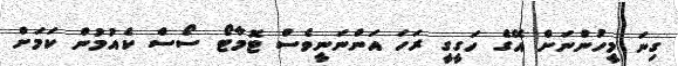
ގިނަ މީހުންނަށް އޭގެ ހަގީގީ ރަހަ އަންނަނީވެސް ޓޮމާޓޯ ސޯސް ކެއުމުން ކަމަށް